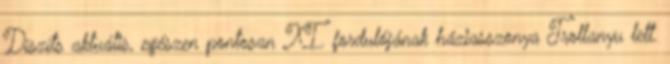
Díszíts aktuális, egészen pontosan XI. fordulójának háziasszonya Trollanyu lett.